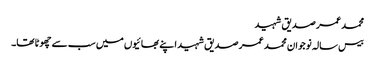
محمد عمر صدیق شہید
بیس سالہ نوجوان محمد عمر صدیق شہید اپنے بھائیوں میں سب سے چھوٹا تھا۔